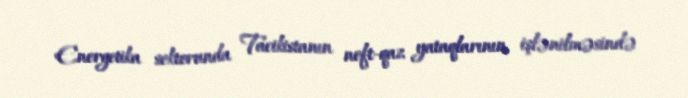
Energetika sektorunda Tacikistanın neft-qaz yataqlarının işlənilməsində